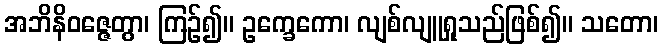
အဘိနိဝဇ္ဇေတွာ၊ ကြဉ်၍။ ဥက္ခေကော၊ လျစ်လျူရှုသည်ဖြစ်၍။ သတော၊